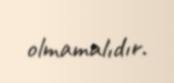
olmamalıdır.